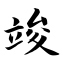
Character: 竣